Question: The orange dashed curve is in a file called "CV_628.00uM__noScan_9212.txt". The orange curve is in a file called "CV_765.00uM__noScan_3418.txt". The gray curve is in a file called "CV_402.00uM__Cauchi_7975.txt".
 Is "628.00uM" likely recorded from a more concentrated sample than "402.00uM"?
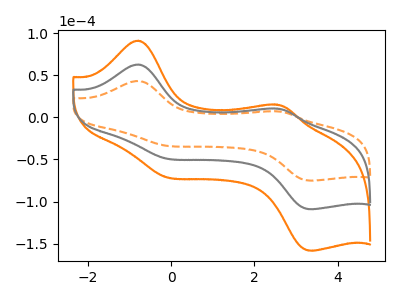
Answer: <think>The orange dashed curve "628.00uM" has anodic peaks at (-0.80V, 43.20uA) (2.50V, 7.20uA) and cathodic peaks at (-0.20V, -33.15uA) (3.30V, -75.00uA). The orange curve "765.00uM" has anodic peaks at (-0.80V, 125.35uA) (2.50V, 20.95uA) and cathodic peaks at (-0.20V, -96.25uA) (3.30V, -217.70uA). The gray curve "402.00uM" has anodic peaks at (-0.80V, 62.70uA) (2.50V, 10.45uA) and cathodic peaks at (-0.20V, -48.15uA) (3.30V, -108.85uA).
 All the peaks in "628.00uM" have a peak in "402.00uM" at the same potential. Every peak in "628.00uM" is lower than every peak in "402.00uM".</think>
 <answer>"628.00uM" has less signal than "402.00uM".</answer>
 <eval>less_signal</eval>